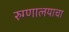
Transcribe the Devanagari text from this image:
रुग्णालयाचा